Indian journal of veterinary science and animal husbandry - Volumes 18-21, 1948-1951
Year: 1948
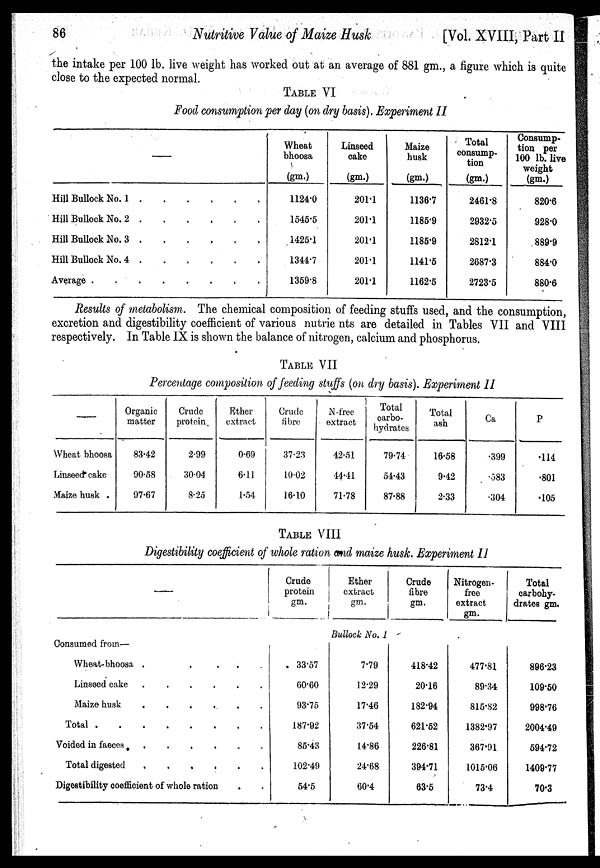
86
Nutritive Value of Maize Husk
[Vol. XVIII, Part II
the intake per 100 lb. live weight has worked out at an average of 881 gm., a figure which is quite
close to the expected normal.
TABLE VI
Food consumption per day (on dry basis). Experiment II
—
Hill Bullock No. 1
.
.
.
.
.
.
Hill Bullock No. 2
.
.
.
.
.
.
Hill Bullock No. 3
.
.
.
.
.
.
Hill Bullock No. 4
.
.
.
.
.
.
Average
.
.
.
.
.
.
.
.
Wheat
bhoosa
(gm.)
1124.0
1545.5
1425.1
1344.7
1359.8
Linseed
cake
(gm.)
201.1
201.1
201.1
201.1
201.1
Maize
husk
(gm.)
1136.7
1185.9
1185.9
1141.5
1162.5
Total
consump-
tion
(gm.)
2461.8
2932.5
2812.1
2687.3
2723.5
Consump-
tion per
100 lb. live
weight
(gm.)
820.6
928.0
889.9
884.0
880.6
Results of metabolism. The chemical composition of feeding stuffs used, and the consumption,
excretion and digestibility coefficient of various nutrie nts are detailed in Tables VII and VIII
respectively. In Table IX is shown the balance of nitrogen, calcium and phosphorus.
TABLE VII
Percentage composition of feeding stuffs (on dry basis). Experiment II
—
Wheat bhoosa
Linseed cake
Maize husk .
Organic
matter
83.42
90.58
97.67
Crude
protein
2.99
30.04
8.25
Ether
extract
0.69
6.11
1.54
Crude
fibre
37.23
10.02
16.10
N-free
extract
42.51
44.41
71.78
Total
carbo-
hydrates
79.74
54.43
87.88
Total
ash
16.58
9.42
2.33
Ca
.399
.583
.304
P
.114
.801
.105
TABLE VIII
Digestibility coefficient of whole ration and maize husk. Experiment II
—
Consumed from—
Wheat-bhoosa
.
.
.
.
.
.
Linseed cake
.
.
.
.
.
.
Maize husk
.
.
.
.
.
.
Total
.
.
.
.
.
.
.
.
Voided in faeces
.
.
.
.
.
.
Total digested
.
.
.
.
.
.
Digestibility coefficient of whole ration . .
Crude
protein
gm.
Ether
extract
gm.
Crude
fibre
gm.
Nitrogen¬
free
extract
gm.
Total
carbohy-
drates gm.
Bullock No. 1
33.57
60.60
93.75
187.92
85.43
102.49
54.5
7.79
12.29
17.46
37.54
14.86
24.68
60.4
418.42
20.16
182.94
621.52
226.81
394.71
63.5
477.81
89.34
815.82
1382.97
367.91
1015.06
73.4
896.23
109.50
998.76
2004.49
594.72
1409.77
70.3